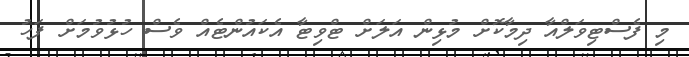
މި ފެސްޓިވަލްއާ ދިމާކޮށް މުޅިން އަލަށް ޓްވިޓާ އެކައުންޓެއް ވެސް ހުޅުވުމަށް ފަހު